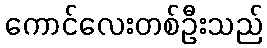
ကောင်လေးတစ်ဦးသည်